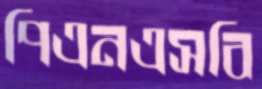
পিএনএসবি